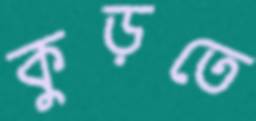
কুড়তে